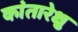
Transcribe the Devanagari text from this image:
कांतारेक्षु